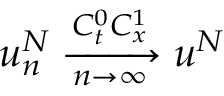
u _ { n } ^ { N } \xrightarrow [ n \rightarrow \infty ] { C _ { t } ^ { 0 } C _ { x } ^ { 1 } } u ^ { N }